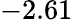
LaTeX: -2.61